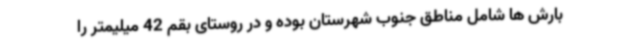
بارش ها شامل مناطق جنوب شهرستان بوده و در روستای بقم 42 میلیمتر را